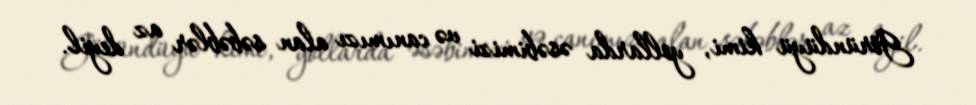
Göründüyü kimi, yollarda əsəbimizi və canımızı alan səbəblər az deyil.